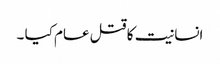
انسانیت کا قتل عام کیا ۔